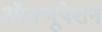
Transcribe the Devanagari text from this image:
ऑक्यूपेशन